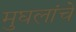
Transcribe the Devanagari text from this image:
मुघलांचे